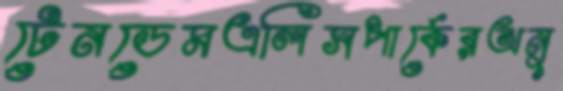
টেনডেমএলিসপার্কেরঅনু